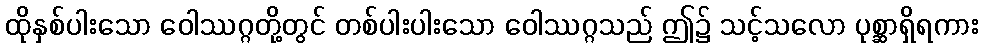
ထိုနှစ်ပါးသော ဝေါဿဂ္ဂတို့တွင် တစ်ပါးပါးသော ဝေါဿဂ္ဂသည် ဤ၌ သင့်သလော ပုစ္ဆာရှိရကား